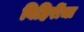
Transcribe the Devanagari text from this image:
विहिरींचा